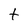
Character: t